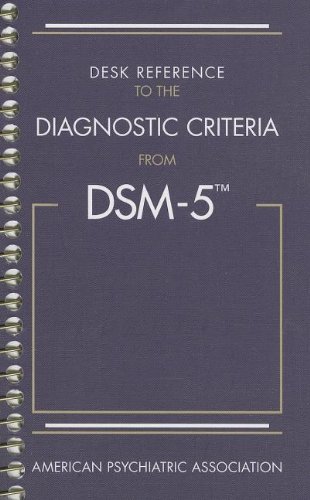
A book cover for Desk Reference to the Diagnostic Criteria from DSM-5(TM); American Psychiatric Association; Medical Books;